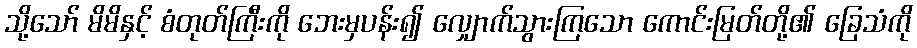
သို့သော် မိမိနှင့် စံတုတ်ကြီးကို ဘေးမှပန်း၍ လျှောက်သွားကြသော ကောင်းမြတ်တို့၏ ခြေသံကို